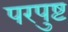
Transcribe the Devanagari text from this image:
परपुष्ट